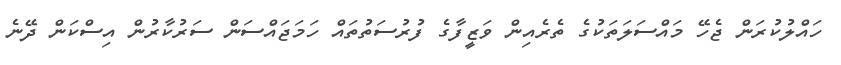
ހައްލުކުރަން ޖެހޭ މައްސަލަތަކުގެ ތެރެއިން ވަޒީފާގެ ފުރުސަތުތައް ހަމަޖައްސަން ސަރުކާރުން އިސްކަން ދޭނެ